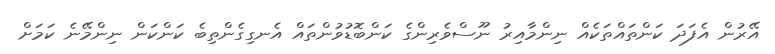
އޭރުން އެފަދަ ކަންތައްތަކެއް ނިންމާއިރު ނޫސްވެރިންގެ ކަންބޮޑުވުންތައް އެނގިގެންތިބެ ކަންކަން ނިންމޭނެ ކަމަށް